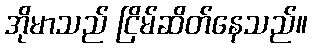
အိုမာသည် ငြိမ်ဆိတ်နေသည်။